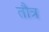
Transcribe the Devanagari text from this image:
तौत्र